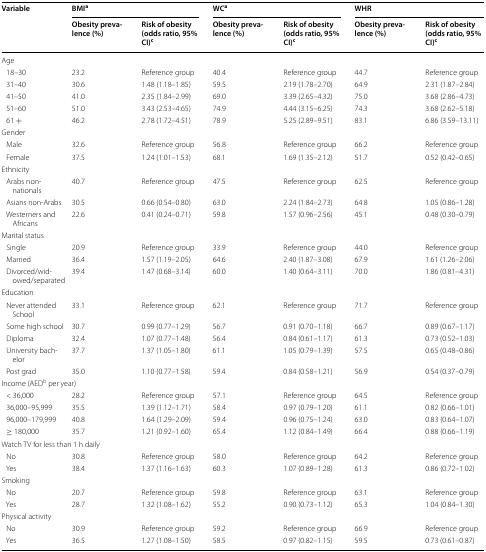
<table><thead><tr><td rowspan="2"><b>Variable</b></td><td colspan="2"><b>BMI<sup>a</sup></b></td><td colspan="2"><b>WC<sup>a</sup></b></td><td colspan="2"><b>WHR</b></td></tr><tr><td><b>Obesity prevalence (%)</b></td><td><b>Risk of obesity (odds ratio, 95% CI)<sup>c</sup></b></td><td><b>Obesity prevalence (%)</b></td><td><b>Risk of obesity (odds ratio, 95% CI)<sup>c</sup></b></td><td><b>Obesity prevalence (%)</b></td><td><b>Risk of obesity (odds ratio, 95% CI)<sup>c</sup></b></td></tr></thead><tbody><tr><td colspan="7">Age</td></tr><tr><td> 18–30</td><td>23.2</td><td>Reference group</td><td>40.4</td><td>Reference group</td><td>44.7</td><td>Reference group</td></tr><tr><td> 31–40</td><td>30.6</td><td>1.48 (1.18–1.85)</td><td>59.5</td><td>2.19 (1.78–2.70)</td><td>64.9</td><td>2.31 (1.87–2.84)</td></tr><tr><td> 41–50</td><td>41.0</td><td>2.35 (1.84–2.99)</td><td>69.0</td><td>3.39 (2.65–4.32)</td><td>75.0</td><td>3.68 (2.86–4.73)</td></tr><tr><td> 51–60</td><td>51.0</td><td>3.43 (2.53–4.65)</td><td>74.9</td><td>4.44 (3.15–6.25)</td><td>74.3</td><td>3.68 (2.62–5.18)</td></tr><tr><td> 61 +</td><td>46.2</td><td>2.78 (1.72–4.51)</td><td>78.9</td><td>5.25 (2.89–9.51)</td><td>83.1</td><td>6.86 (3.59–13.11)</td></tr><tr><td colspan="7">Gender</td></tr><tr><td> Male</td><td>32.6</td><td>Reference group</td><td>56.8</td><td>Reference group</td><td>66.2</td><td>Reference group</td></tr><tr><td> Female</td><td>37.5</td><td>1.24 (1.01–1.53)</td><td>68.1</td><td>1.69 (1.35–2.12)</td><td>51.7</td><td>0.52 (0.42–0.65)</td></tr><tr><td colspan="7">Ethnicity</td></tr><tr><td> Arabs non-nationals</td><td>40.7</td><td>Reference group</td><td>47.5</td><td>Reference group</td><td>62.5</td><td>Reference group</td></tr><tr><td> Asians non-Arabs</td><td>30.5</td><td>0.66 (0.54–0.80)</td><td>63.0</td><td>2.24 (1.84–2.73)</td><td>64.8</td><td>1.05 (0.86–1.28)</td></tr><tr><td> Westerners and Africans</td><td>22.6</td><td>0.41 (0.24–0.71)</td><td>59.8</td><td>1.57 (0.96–2.56)</td><td>45.1</td><td>0.48 (0.30–0.79)</td></tr><tr><td colspan="7">Marital status</td></tr><tr><td> Single</td><td>20.9</td><td>Reference group</td><td>33.9</td><td>Reference group</td><td>44.0</td><td>Reference group</td></tr><tr><td> Married</td><td>36.4</td><td>1.57 (1.19–2.05)</td><td>64.6</td><td>2.40 (1.87–3.08)</td><td>67.9</td><td>1.61 (1.26–2.06)</td></tr><tr><td> Divorced/widowed/separated</td><td>39.4</td><td>1.47 (0.68–3.14)</td><td>60.0</td><td>1.40 (0.64–3.11)</td><td>70.0</td><td>1.86 (0.81–4.31)</td></tr><tr><td colspan="7">Education</td></tr><tr><td> Never attended School</td><td>33.1</td><td>Reference group</td><td>62.1</td><td>Reference group</td><td>71.7</td><td>Reference group</td></tr><tr><td> Some high school</td><td>30.7</td><td>0.99 (0.77–1.29)</td><td>56.7</td><td>0.91 (0.70–1.18)</td><td>66.7</td><td>0.89 (0.67–1.17)</td></tr><tr><td> Diploma</td><td>32.4</td><td>1.07 (0.77–1.48)</td><td>56.4</td><td>0.84 (0.61–1.17)</td><td>61.3</td><td>0.73 (0.52–1.03)</td></tr><tr><td> University bachelor</td><td>37.7</td><td>1.37 (1.05–1.80)</td><td>61.1</td><td>1.05 (0.79–1.39)</td><td>57.5</td><td>0.65 (0.48–0.86)</td></tr><tr><td> Post grad</td><td>35.0</td><td>1.10 (0.77–1.58)</td><td>59.4</td><td>0.84 (0.58–1.21)</td><td>56.9</td><td>0.54 (0.37–0.79)</td></tr><tr><td colspan="7">Income (AED<sup>b</sup> per year)</td></tr><tr><td> &lt; 36,000</td><td>28.2</td><td>Reference group</td><td>57.1</td><td>Reference group</td><td>64.5</td><td>Reference group</td></tr><tr><td> 36,000–95,999</td><td>35.5</td><td>1.39 (1.12–1.71)</td><td>58.4</td><td>0.97 (0.79–1.20)</td><td>61.1</td><td>0.82 (0.66–1.01)</td></tr><tr><td> 96,000–179,999</td><td>40.8</td><td>1.64 (1.29–2.09)</td><td>59.4</td><td>0.96 (0.75–1.24)</td><td>63.0</td><td>0.83 (0.64–1.07)</td></tr><tr><td> ≥ 180,000</td><td>35.7</td><td>1.21 (0.92–1.60)</td><td>65.4</td><td>1.12 (0.84–1.49)</td><td>66.4</td><td>0.88 (0.66–1.19)</td></tr><tr><td colspan="7">Watch TV for less than 1 h daily</td></tr><tr><td> No</td><td>30.8</td><td>Reference group</td><td>58.0</td><td>Reference group</td><td>64.2</td><td>Reference group</td></tr><tr><td> Yes</td><td>38.4</td><td>1.37 (1.16–1.63)</td><td>60.3</td><td>1.07 (0.89–1.28)</td><td>61.3</td><td>0.86 (0.72–1.02)</td></tr><tr><td colspan="7">Smoking</td></tr><tr><td> No</td><td>20.7</td><td>Reference group</td><td>59.8</td><td>Reference group</td><td>63.1</td><td>Reference group</td></tr><tr><td> Yes</td><td>28.7</td><td>1.32 (1.08–1.62)</td><td>55.2</td><td>0.90 (0.73–1.12)</td><td>65.3</td><td>1.04 (0.84–1.30)</td></tr><tr><td colspan="7">Physical activity</td></tr><tr><td> No</td><td>30.9</td><td>Reference group</td><td>59.2</td><td>Reference group</td><td>66.9</td><td>Reference group</td></tr><tr><td> Yes</td><td>36.5</td><td>1.27 (1.08–1.50)</td><td>58.5</td><td>0.97 (0.82–1.15)</td><td>59.5</td><td>0.73 (0.61–0.87)</td></tr></tbody></table>